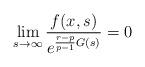
LaTeX: \begin{align*}\lim_{s \to \infty} \frac{f(x,s)}{e^{\frac{r-p}{p-1} G(s)}} =0\end{align*}